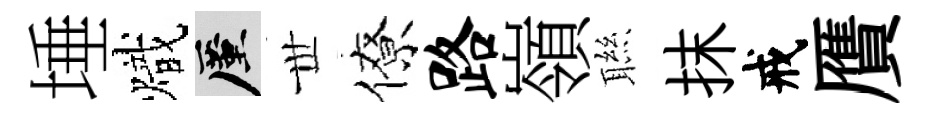
埵熾厪𠀍僚路嶺聮抹戒贋